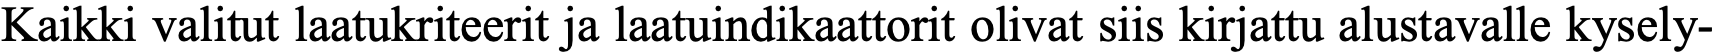
Kaikki valitut laatukriteerit ja laatuindikaattorit olivat siis kirjattu alustavalle kysely-